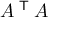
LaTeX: A ^ { \textsf { T } } A